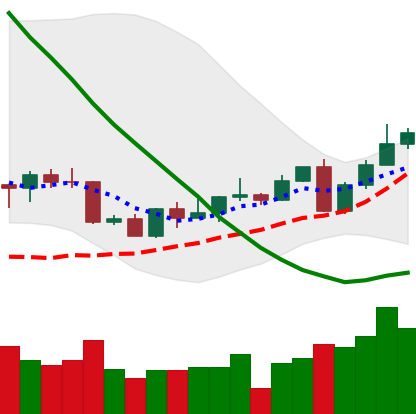
Ticker: LINK-USD
Chart end date: 2022-09-10
Forward return: -4.646%
Label: down_3_5